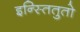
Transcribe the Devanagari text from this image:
इन्स्तितुतो